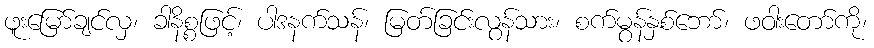
ဖူးမြော်ချင်လှ၊ ခါနိစ္စဖြင့်၊ ပါဒနက်သန်၊ မြတ်ခြင်းလွန်သား၊ စက်မွန်နှစ်ဘော်၊ ဖဝါးတော်ကို၊